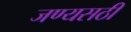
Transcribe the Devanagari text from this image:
जण्यसठी